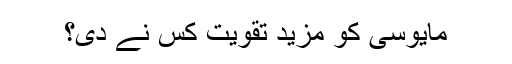
مایوسی کو مزید تقویت کس نے دی؟